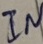
Text: IN